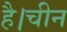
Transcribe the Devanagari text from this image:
है।चीन